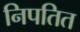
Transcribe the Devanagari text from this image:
निपतित